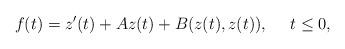
LaTeX: \begin{align*}f(t)=z^\prime(t)+A z(t)+B(z(t),z(t)),\ \ \ \ t\leq 0,\end{align*}